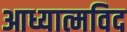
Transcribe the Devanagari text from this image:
आध्यात्मविद